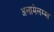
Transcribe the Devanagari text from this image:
अलामेलम्मा